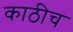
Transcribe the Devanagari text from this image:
काठीच